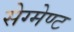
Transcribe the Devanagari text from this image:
सेग्मेण्ट